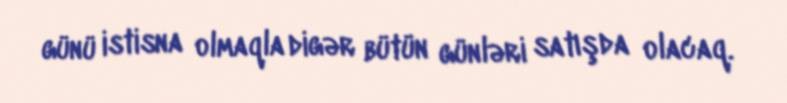
günü istisna olmaqla digər bütün günləri satışda olacaq.